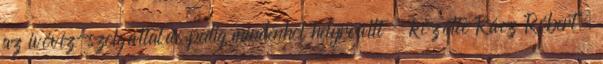
az ivóvíz-szolgáltatás pedig mindenhol helyreállt - közölte Rácz Róbert,